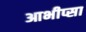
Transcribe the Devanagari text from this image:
आभीप्सा